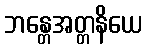
ဘန္တေအတ္တနိယေ